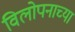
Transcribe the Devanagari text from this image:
विलोपनाच्या